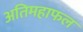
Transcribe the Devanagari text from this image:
अतिमहाफल